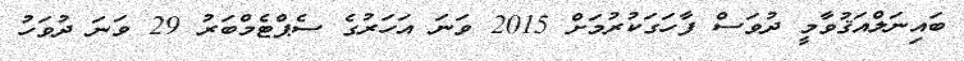
ބައިނަލްއަޤުވާމީ ދުވަސް ފާހަގަކުރުމަށް 2015 ވަނަ އަހަރުގެ ސެޕްޓެމްބަރު 29 ވަނަ ދުވަހު